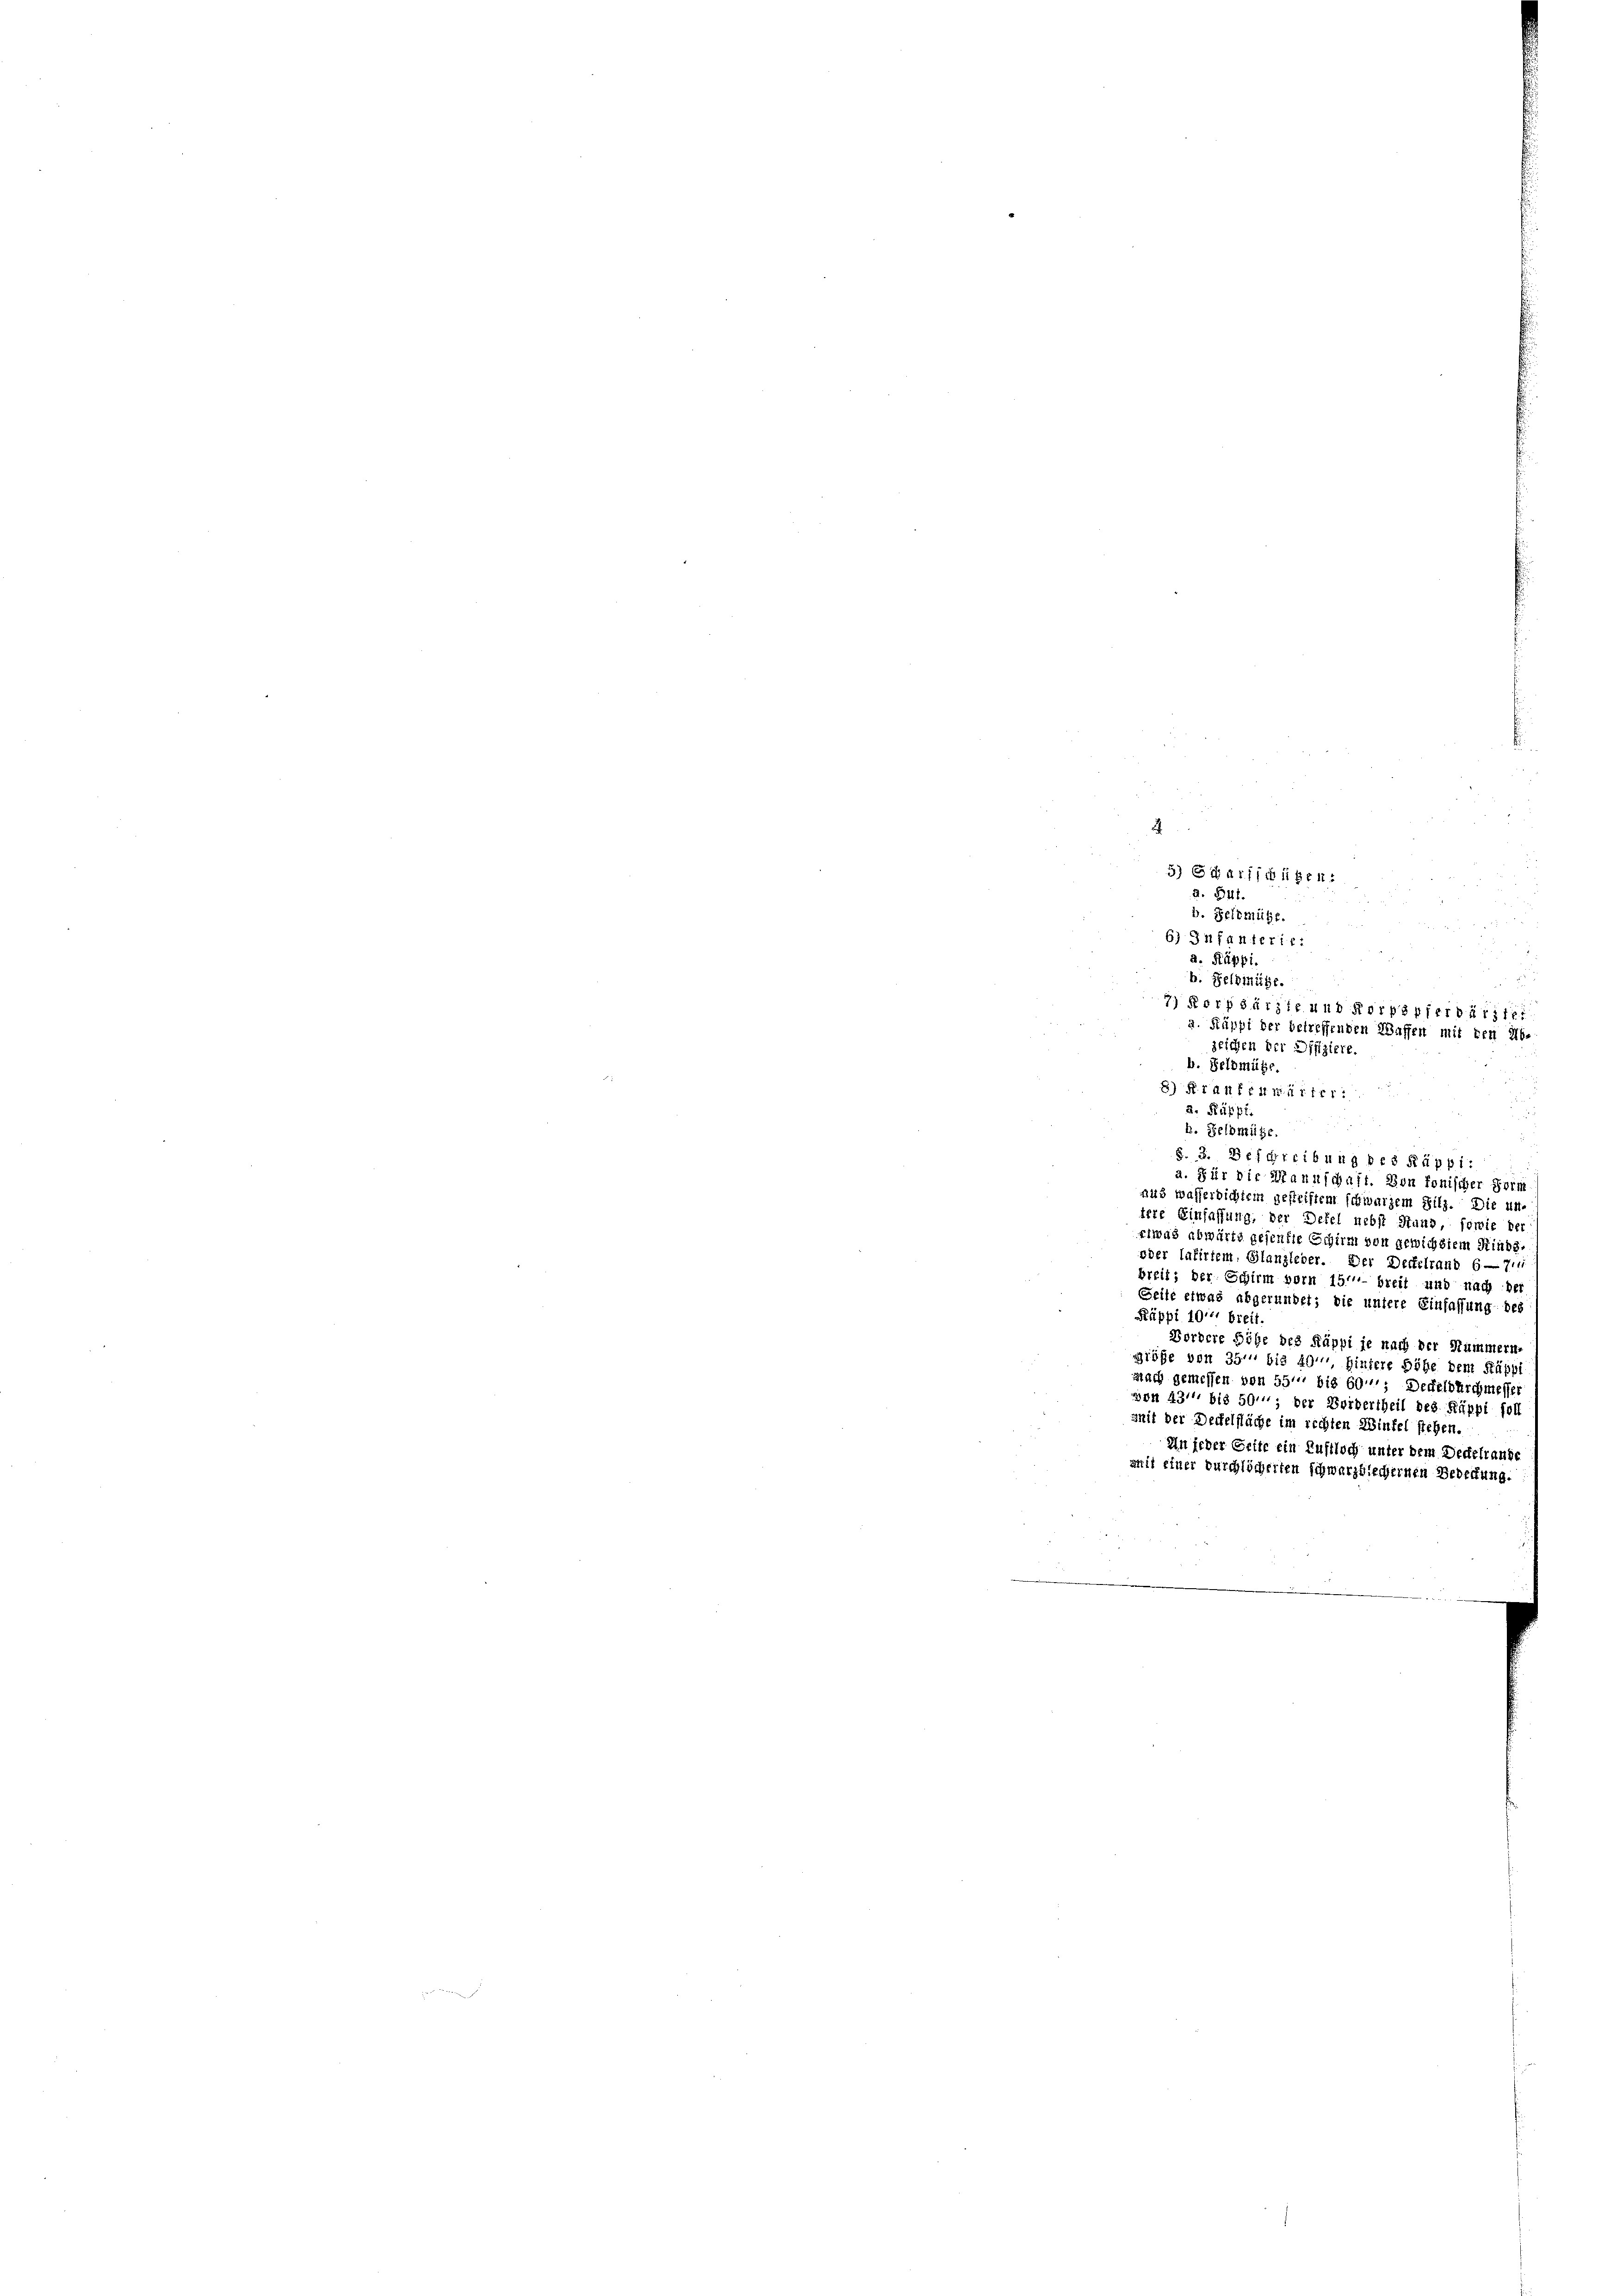
.
5) darfschigen:
d. Gut.
b. Pelzmüge.
6) Infanterie
a. Käppi.
b. Feldinüge.
zeichen der Difiziere.
b. Feldmütze.
8) Frau fruitier
2. Ruppe.
b. Selomite
§. 3. Beschreibung des Rüppi
a. Für die Mannschaft. Von fonischer Form
aus wasserlichtem gestriftem schwarzem Sitz. Die un
tere Einfassung, der Defel nebst Stand, sowie de
Etwas abwärts gesenste Schirm von gewichstem Rinds¬
oder lafiriem. Glanzleier. Der Deckelrand 6—7.
breit; der Schirm vorn 151 breit und nach der
Seile etwas abgerundet; die untere Einfassung des
Käppi 1941 brei
Bordere Höhe des Käppi je nach der Summern,
Diöse von 35. bis 49 hintere Höhe dem Käppi
nach gemessen von 55 bis 60; Deckelburchmesse
mon 431 bis 50; der Fordertheil des Käppi soll
mit der Deckelfläche im rechten Wintel stehen
An jeder Seite ein Luftloch unter dem Deckeltande
mit einer Burchlicherten schwarzbischernen Bedeutung.

7) Korpsärzte und Korpspferbarie
Räppi der betreffenden Waffen mit den Ab-